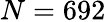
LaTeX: N=692